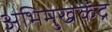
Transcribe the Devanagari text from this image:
अभिमुखकेंद्र